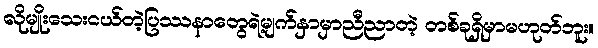
လိုမျိုးသေးငယ်တဲ့ပြဿနာတွေရဲ့မျက်နှာမှာညီညာတဲ့ တစ်ခုရှိမှာမဟုတ်ဘူး။